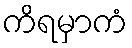
ကိရမှာကံ